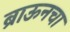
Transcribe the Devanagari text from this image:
ब्राऊनचा